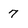
Character: 7